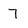
Character: 7